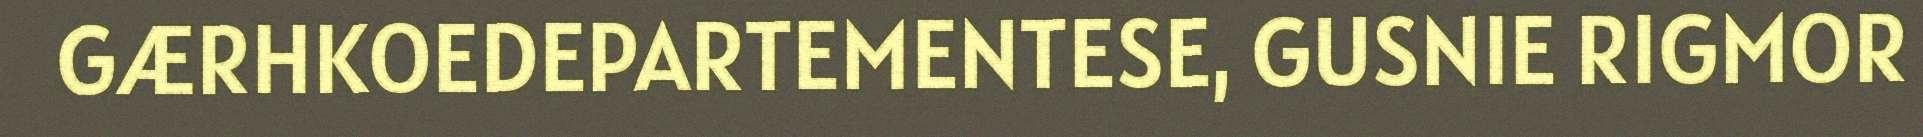
GÆRHKOEDEPARTEMENTESE, GUSNIE RIGMOR